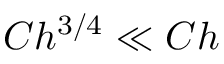
C h ^ { 3 / 4 } \ll C h